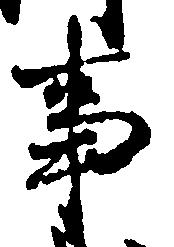
事